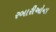
રબારીઓના